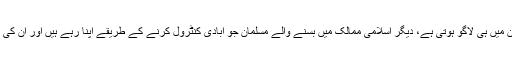
اور پھر یہ مذہبی دلیل کیا صرف پاکستا ن میں ہی لاگو ہوتی ہے، دیگر اسلامی ممالک میں بسنے والے مسلمان جو آبادی کنٹرول کرنے کے طریقے اپنا رہے ہیں اور اُن کی ترویج کر رہے ہیں، کیا وہ مسلمان نہیں؟